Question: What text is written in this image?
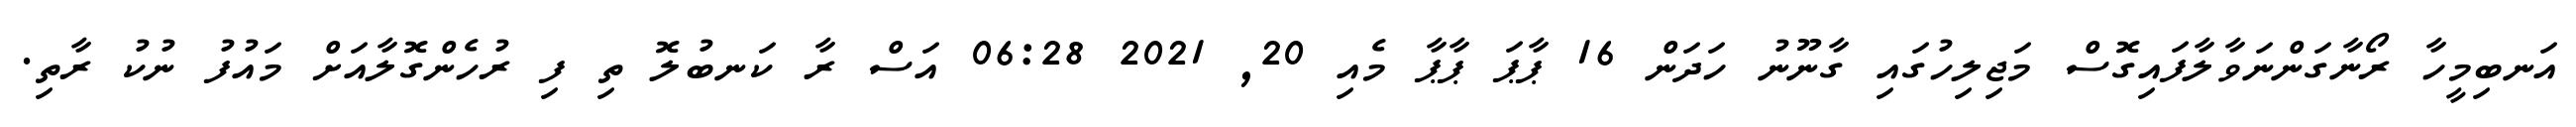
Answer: އަނބިމީހާ ރޯނާގަންނަވާލާފައިގޮސް މަޖިލިހުގައި ގާނޫނު ހަދަން 16 ޕާޕަ ޕާޕާ މެއި 20, 2021 06:28 އަސް ރާ ކަނބުލޮ ތި ފި ރުހެންގޮލާއަށް މައުފު ނުކު ރާތި.